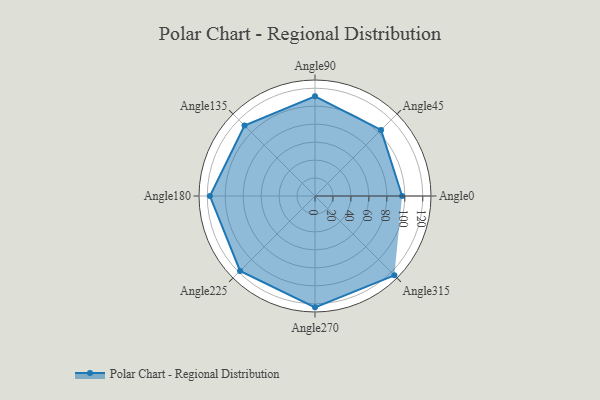
{"axis": {"x": "Angle", "y": "Radius"}, "legend": [""], "data": [{"x": "Angle0", "y": 97.0, "type": ""}, {"x": "Angle45", "y": 104.0, "type": ""}, {"x": "Angle90", "y": 111.0, "type": ""}, {"x": "Angle135", "y": 111.0, "type": ""}, {"x": "Angle180", "y": 117.0, "type": ""}, {"x": "Angle225", "y": 118.0, "type": ""}, {"x": "Angle270", "y": 124.0, "type": ""}, {"x": "Angle315", "y": 125.0, "type": ""}]}